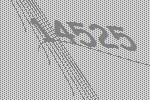
14525